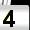
Digit: 4